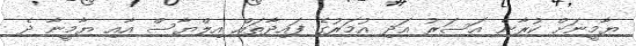
ޔާމީނަށް ކުރާނެ އަސަރު އަދި އުމަރުގެ ފައިދާތައް އިލްޔާސް އާއި ޔާމީނާ ދެ